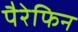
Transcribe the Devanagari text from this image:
पैरेफिन